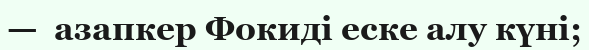
—  азапкер Фокиді еске алу күні;